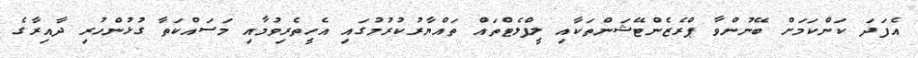
އެފަދަ ކަންކަމަށް ބޭނުންވާ ޕްރެޒެންޓޭޝަންތަކާއި ލީފްލެޓްތައް ތައްޔާރުކުރުމުގައި އެހީތެރިވުމާއި މަސައްކަތާ ގުޅުންހުރި ދާއިރާގެ